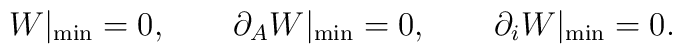
W|_{\rm min}=0,\qquad \partial_A W|_{\rm min}=0, \qquad \partial_i W|_{\rm min}=0.